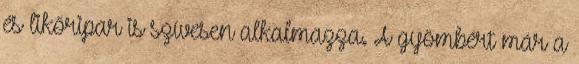
és likőripar is szívesen alkalmazza. A gyömbért már a